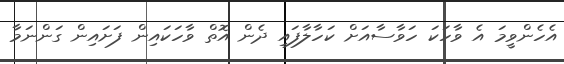
އެހެންވީމަ އެ ވާހަކަ ހަވާސާއަށް ކަހާލާފައި ދެން އޮތް ވާހަކައިން ފަށައިން ގަންނަމާ